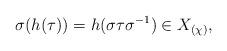
LaTeX: \begin{align*}\sigma(h(\tau)) = h(\sigma \tau \sigma^{-1}) \in X_{(\chi)},\end{align*}